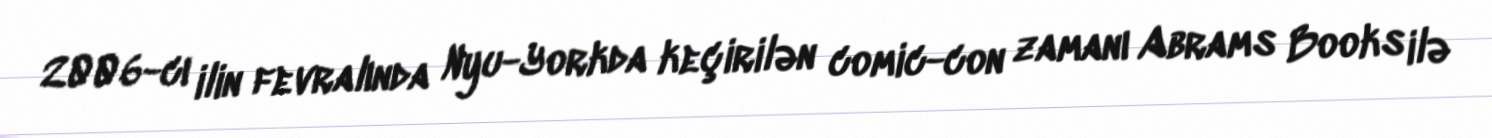
2006-cı ilin fevralında Nyu-Yorkda keçirilən comic-con zamanı Abrams Books ilə